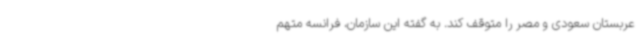
عربستان سعودی و مصر را متوقف کند. به گفته این سازمان، فرانسه متهم